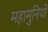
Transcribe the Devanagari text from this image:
महामुनियों